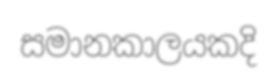
සමානකාලයකදි